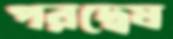
পরদ্বেষ